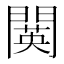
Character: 䦫